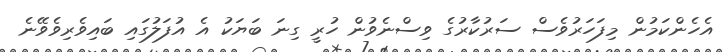
އެހެންކަމުން މިފަހަރުވެސް ސަރުކާރުގެ ވިސްނެވުން ހުރީ ގިނަ ބަޔަކު އެ އުފަލުގައި ބައިވެރިވެވޭނެ